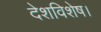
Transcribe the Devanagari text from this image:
देशविशेष।